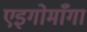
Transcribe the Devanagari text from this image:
एइगोमाँगा